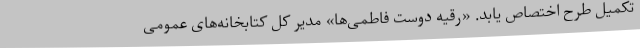
تکمیل طرح اختصاص یابد. «رقیه دوست فاطمی‌ها» مدیر کل کتابخانه‌های عمومی